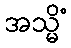
အသ္မိံ